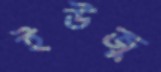
ইউজু